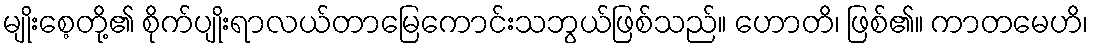
မျိုးစေ့တို့၏ စိုက်ပျိုးရာလယ်တာမြေကောင်းသဘွယ်ဖြစ်သည်။ ဟောတိ၊ ဖြစ်၏။ ကာတမေဟိ၊